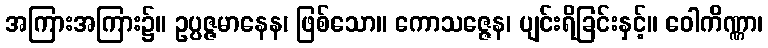
အကြားအကြား၌။ ဥပ္ပဇ္ဇမာနေန၊ ဖြစ်သော။ ကောသဇ္ဇေန၊ ပျင်းရိခြင်းနှင့်။ ဝေါကိဏ္ဏာ၊